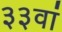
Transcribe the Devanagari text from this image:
३३वां